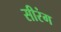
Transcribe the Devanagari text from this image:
सीरंग